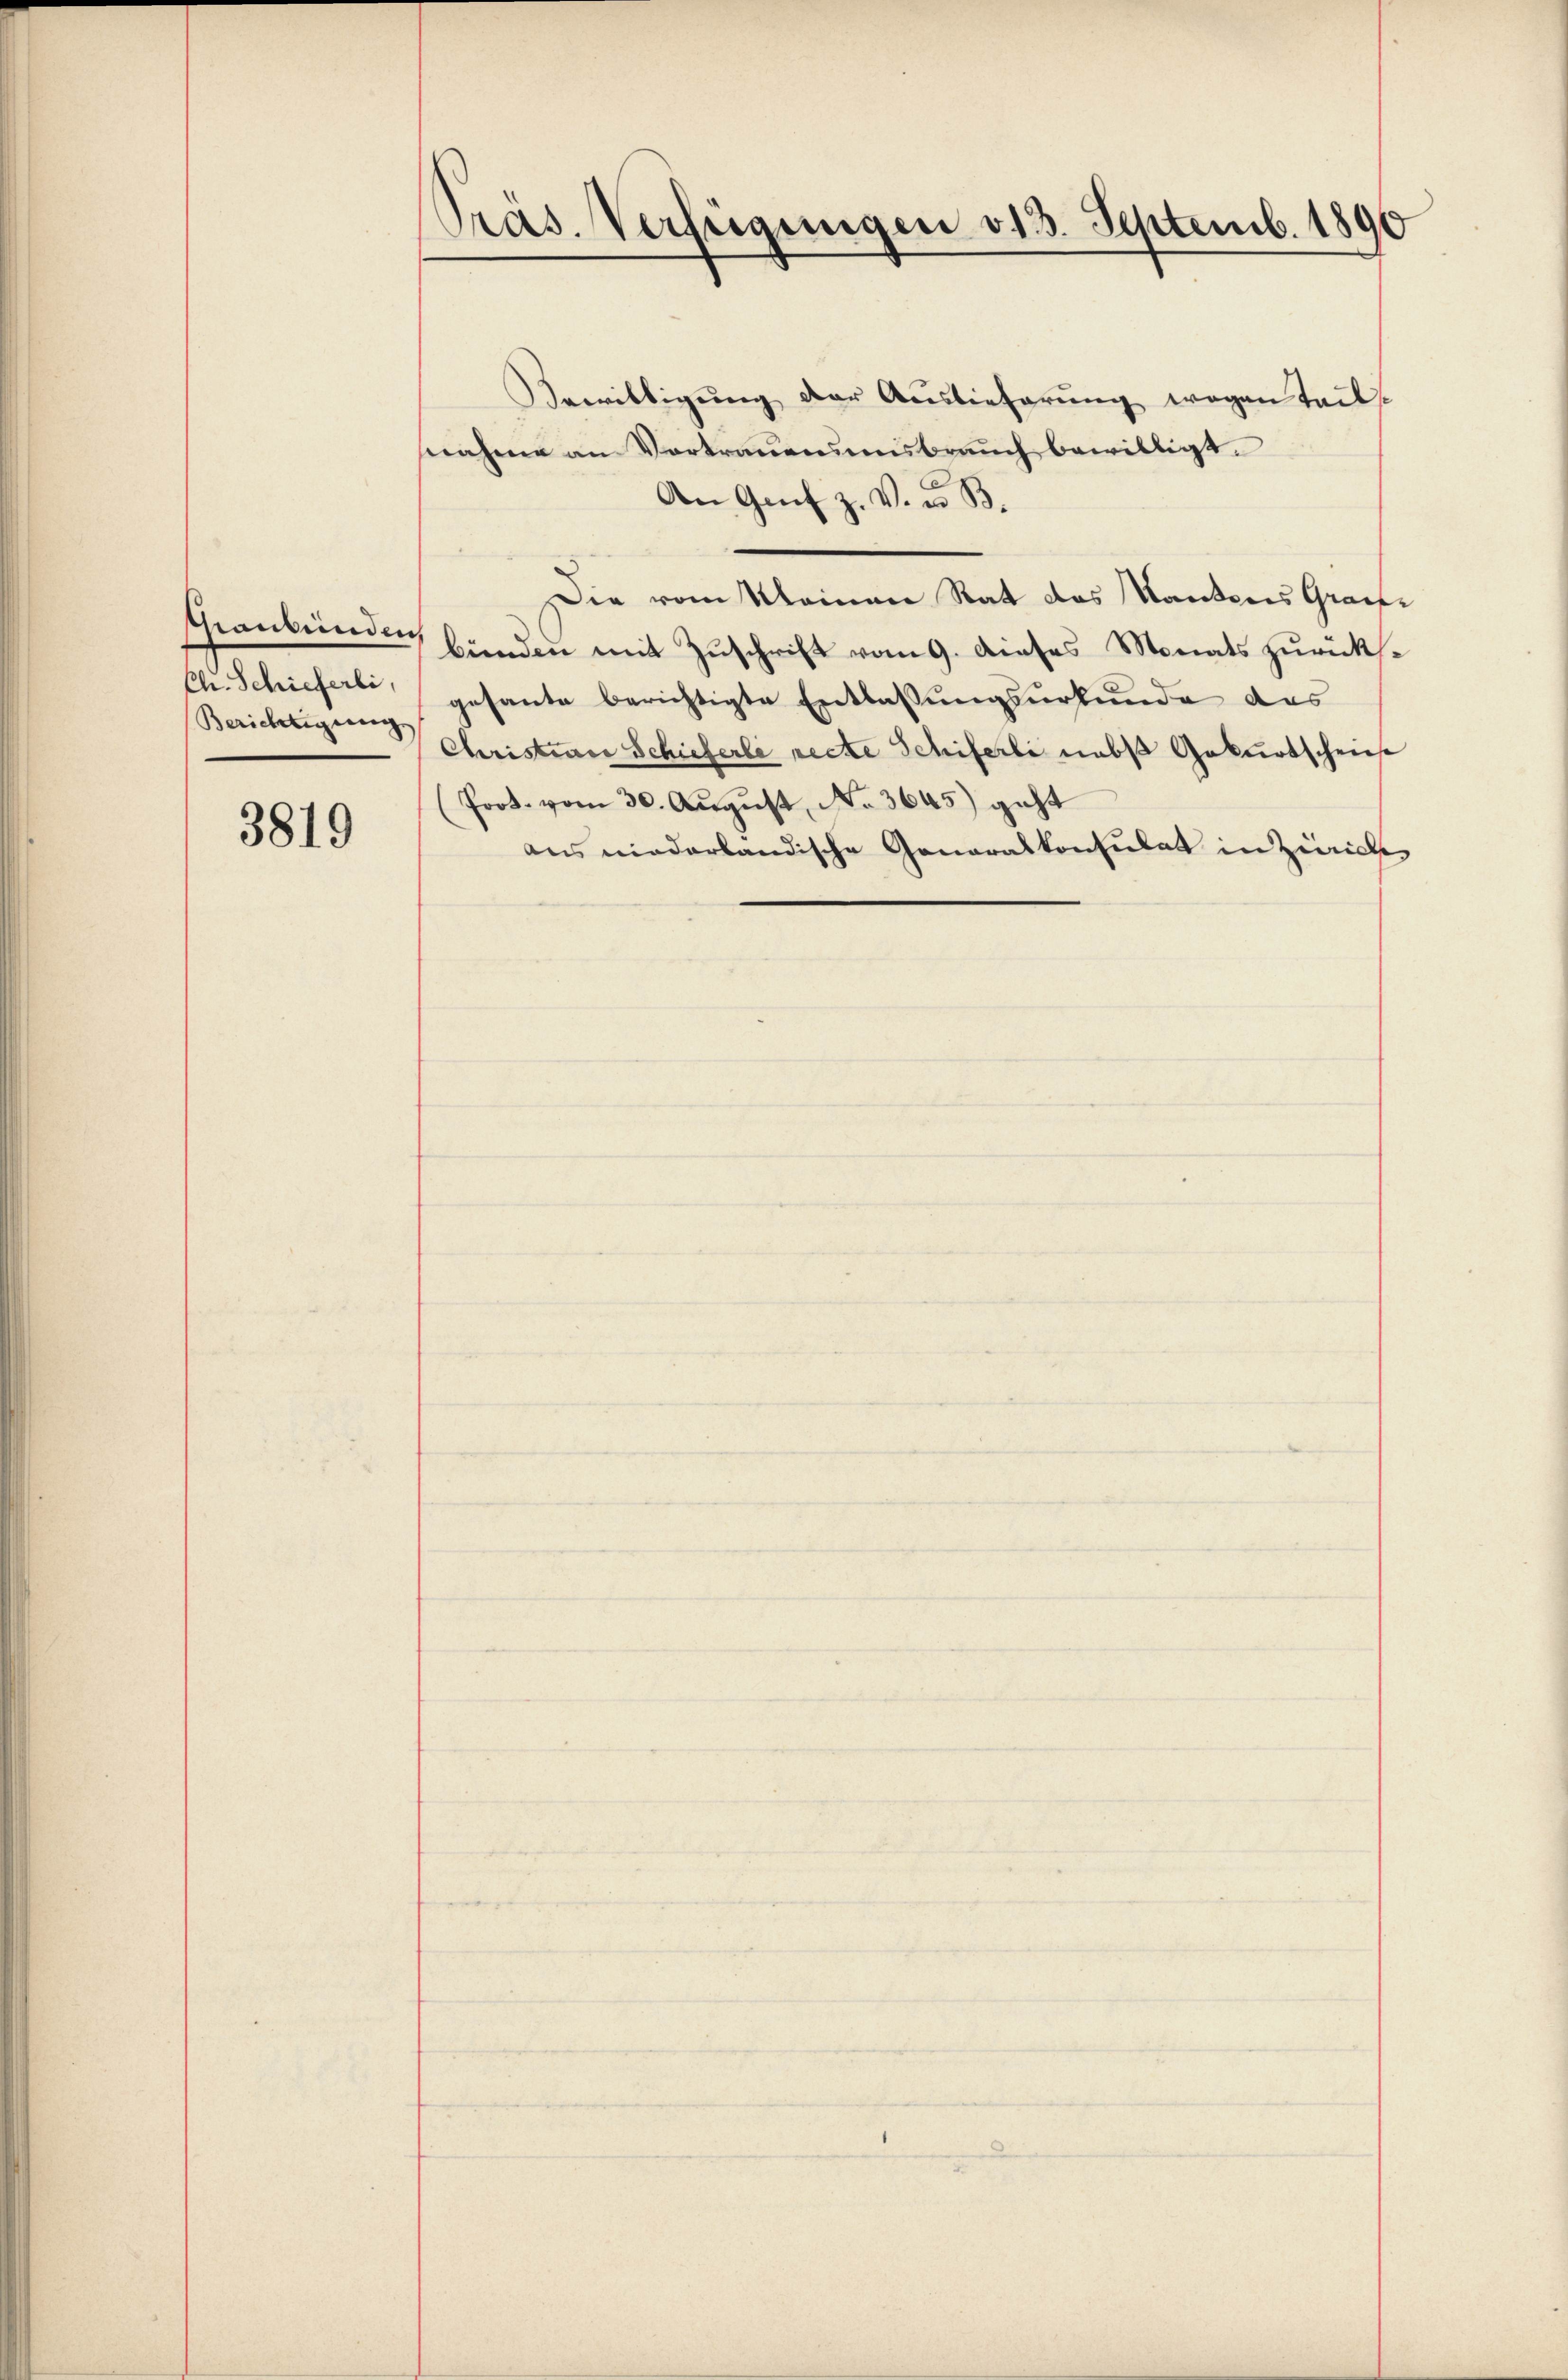
shraubünden
Ch. Schieferli,
Berichtigung

3819

Präs. Verfügungen 313. Septemb. 1890

Bewilligŭng der Aŭslieferŭng wegen tails
snahme an Vortrauensmisbrauch bewilligt.
An Genf z. V. u. B.
Die vom Meinen Rat das Kantons Grafe
bünden mit Zŭschrift vom 9. dieses Monats zurücksgesante berichtigte Entlassungsurkunde das
Christian Schieferli reche Schiferli nebst Geburtscheinse
Prot. vom 30. August, No 3645) geht
aus niederländische Generalkonsulat in Zürich